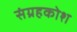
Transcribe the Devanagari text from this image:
संग्रहकोश